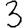
Digit: 3